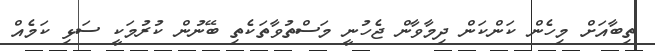
ތިބާއަށް މިހެން ކަންކަން ދިމާވާން ޖެހުނީ މަސްތުވާތަކެތި ބޭނުން ކުރުމަކީ ސަޅި ކަމެއް